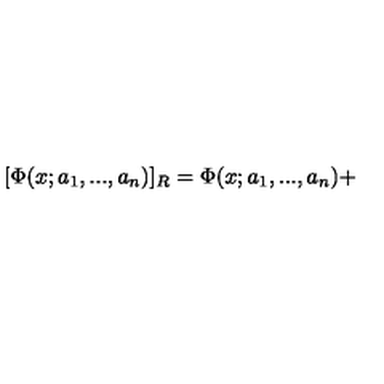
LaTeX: [ \Phi ( x ; a _ { 1 } , . . . , a _ { n } ) ] _ { R } = \Phi ( x ; a _ { 1 } , . . . , a _ { n } ) +